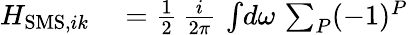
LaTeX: \begin{array}{rl}{H_{\mathrm{SMS},ik}}&{{}=\frac{1}{2}\, \frac{i}{2\pi}\, \int\! d\omega\, \sum_{P}(-1)^{P}}\end{array}